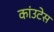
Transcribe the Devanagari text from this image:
कांउटेस